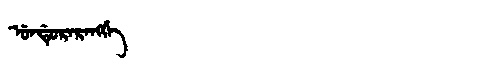
Manchu: ᡠᠨᡩᡠᡵᠠᡵᠠᠩᡤᡝ
Romanization: UNDURARANGGE